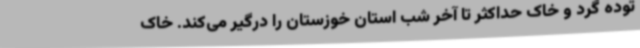
توده گرد و خاک حداکثر تا آخر شب استان خوزستان را درگیر می‌کند. خاک